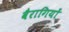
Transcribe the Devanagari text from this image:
वैरागियों